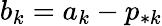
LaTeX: b_{k}=a_{k}-p_{*k}